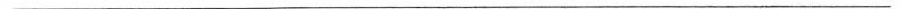
___